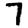
Digit: 7